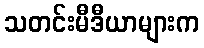
သတင်းမီဒီယာများက